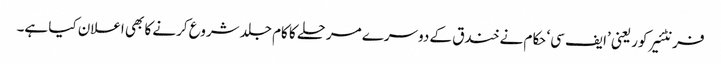
فرنٹئیر کور یعنی ’ایف سی‘ حکام نے خندق کے دوسرے مرحلے کا کام جلد شروع کرنے کا بھی اعلان کیا ہے۔